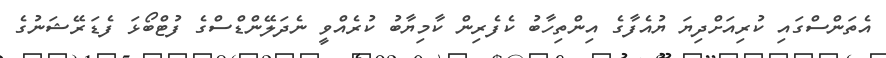
އެތަންސްގައި ކުރިއަށްދިޔަ ޔުއެފާގެ އިންތިހާބު ކެފެރިން ކާމިޔާބު ކުރެއްވީ ނެދަލޭންޑްސްގެ ފުޓްބޯޅަ ފެޑަރޭޝަނުގެ